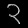
Digit: ၃